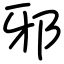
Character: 邪